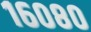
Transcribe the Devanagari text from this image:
१६०८०